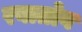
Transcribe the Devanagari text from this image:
रबातोव